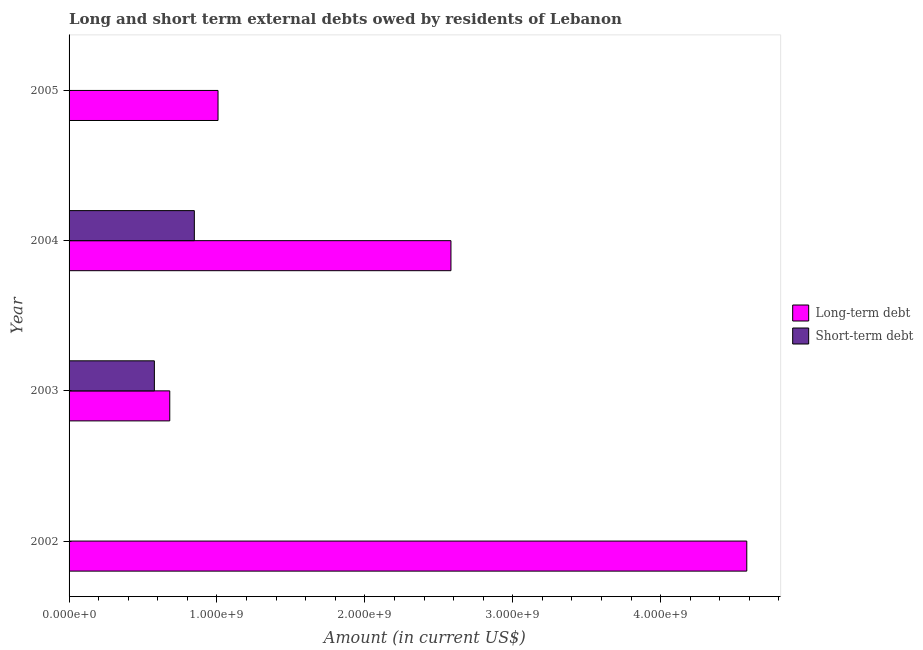
| Year | Long-term debt | Short-term debt |
 | --- | --- | --- |
 | 2002 | 4.58e+09 | -1.11e+08 |
 | 2003 | 6.81e+08 | 5.77e+08 |
 | 2004 | 2.58e+09 | 8.47e+08 |
 | 2005 | 1.01e+09 | -5.21e+08 |